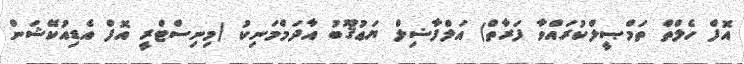
އޮފް ހެލްތް ތަމްޞީލްކުރައްވާ ފަރާތް) އަލްފާޟިލް ޔަޢުޤޫބު އާދަމްމަނިކު (މިނިސްޓްރީ އޮފް އެޑިއުކޭޝަން